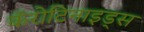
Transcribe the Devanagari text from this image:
कॅरोटिनाइड्स